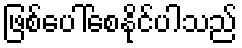
ဖြစ်ပေါ်စေနိုင်ပါသည်